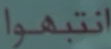
انتبهوا